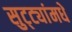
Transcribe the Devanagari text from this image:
सुट्ट्यांमधे